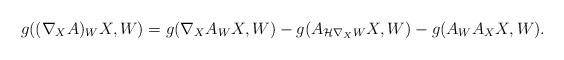
LaTeX: \begin{align*}g((\nabla_X A)_W X, W) = g(\nabla_X A_W X, W) - g(A_{\mathcal{H} \nabla_X W}X, W) - g(A_W A_X X, W).\end{align*}